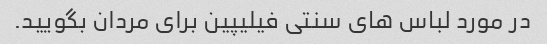
در مورد لباس های سنتی فیلیپین برای مردان بگویید.